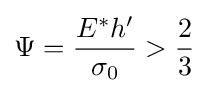
\Psi ={\frac {E^{*}h'}{\sigma _{0}}}>{\frac {2}{3}}~